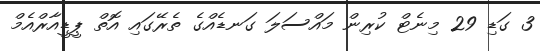
3 ގަޑި 29 މިނެޓް ކުރިން މައްސަލަ ގަނޑެއްގެ ތެރޭގައި އޮތް ޕީޑީއާރްއެމް